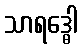
သာရဒ္ဓေါ